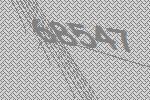
68547